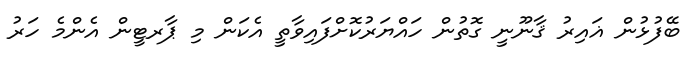
ބޭފުޅުން ޣައިރު ޤާނޫނީ ގޮތުން ހައްޔަރުކޮށްފައިވާތީ އެކަން މި ޕާރޓީން އެންމެ ހަރު